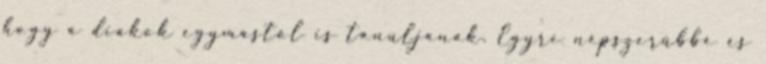
hogy a diákok egymástól is tanuljanak. Egyre népszerűbbé és